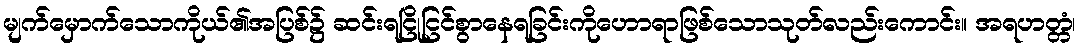
မျက်မှောက်သောကိုယ်၏အပြစ်၌ ဆင်းရငြိုငြင်စွာနေရခြင်းကိုဟောရာဖြစ်သောသုတ်လည်းကောင်း။ အရဟတ္တံ၊